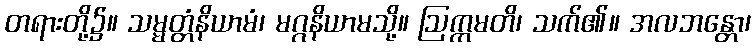
တရားတို့၌။ သမ္မတ္တံနိယာမံ၊ မဂ္ဂနိယာမသို့။ ဩက္ကမတိ၊ သက်၏။ အလဘန္တော၊